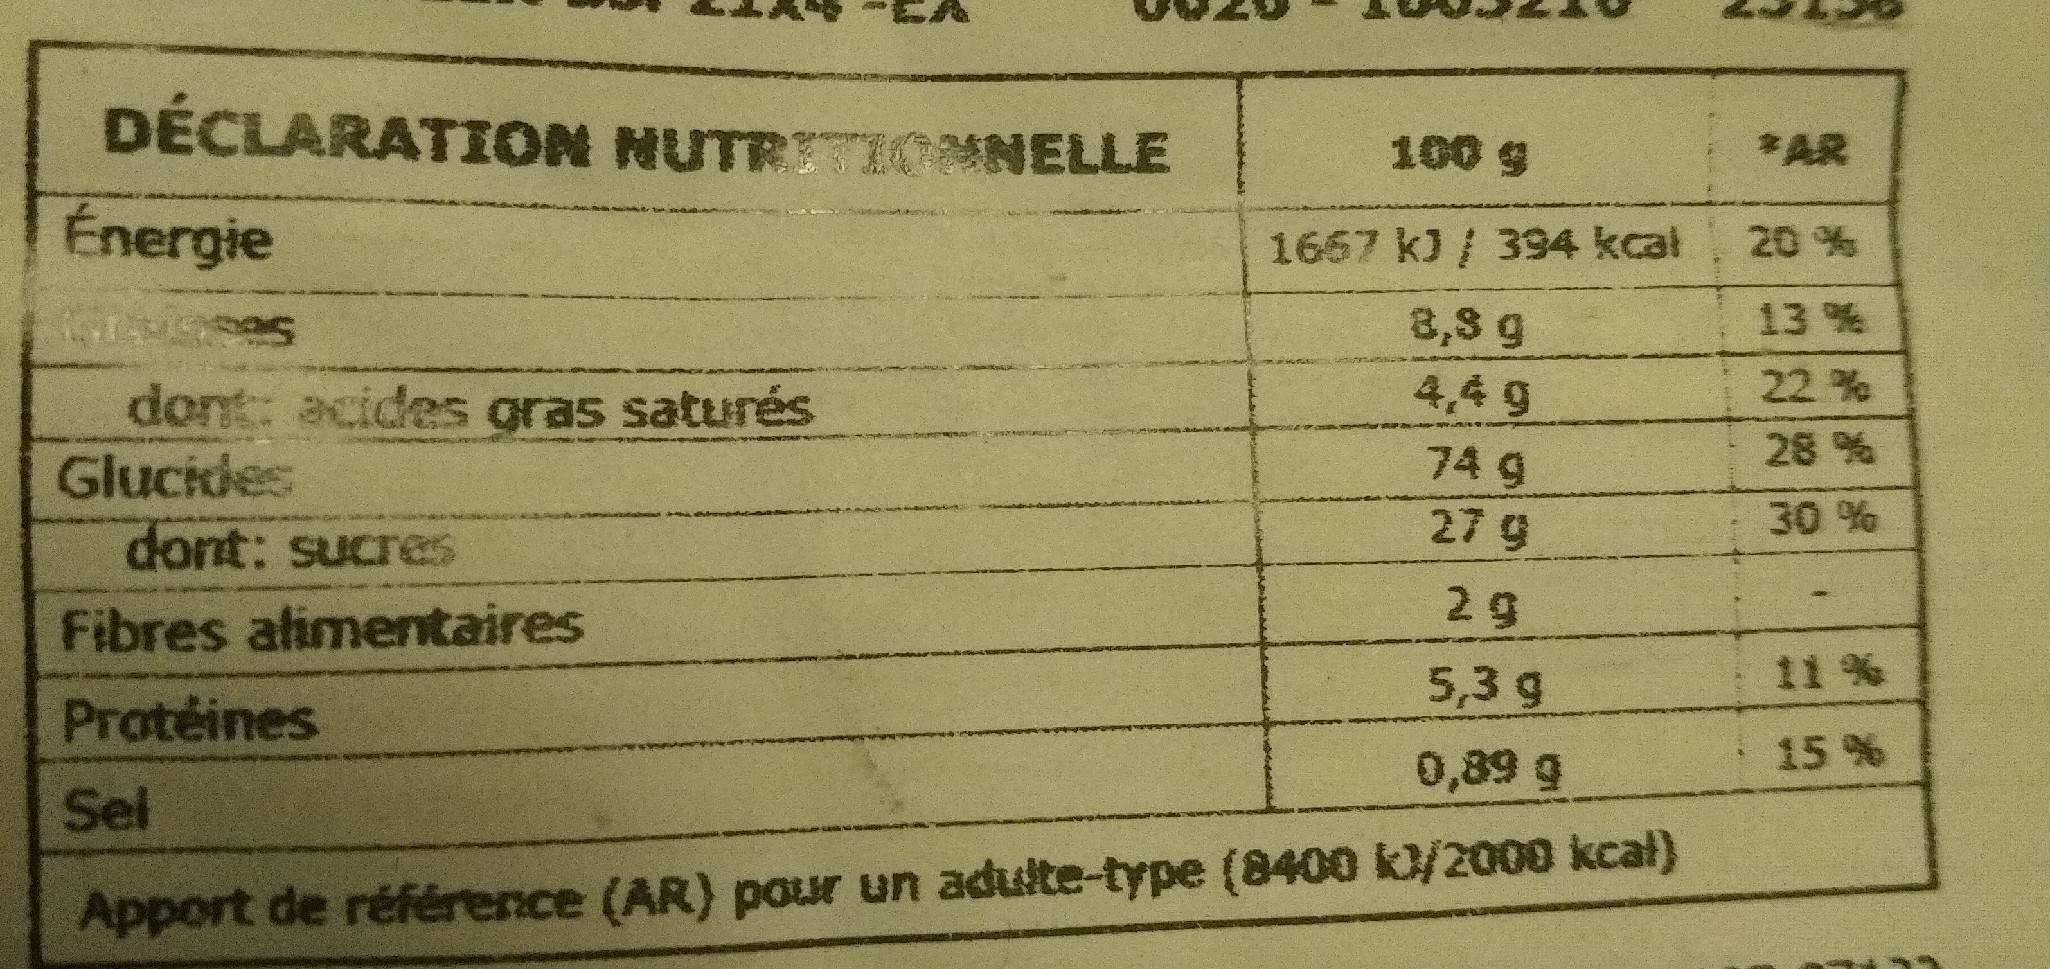
DÉCLARATION NUTRITIOMNELLE
100 g
*AR
Energie
1667 k) / 394 kcal
20 %
8,8 g
13 %
4,4 9
22 %
dont: acides gras saturés Glucides dont: sucres
28 %
74 g 27 g
30 %
29
Fibres atimentaires
5,3 g
11 %
Protéines
15 %
0,89 g
Sel
Apport de référence (AR) pour un adulte-type (8400 k/2000 kcal)